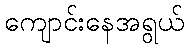
ကျောင်းနေအရွယ်